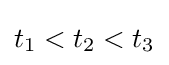
t_{1}<t_{2}<t_{3}